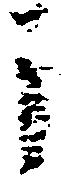
于